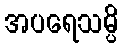
အပရေသမ္ပိ